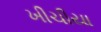
ખીચીયા